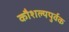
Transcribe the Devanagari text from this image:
कौशल्यपुर्वक